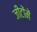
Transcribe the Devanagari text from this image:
जीटोंमें